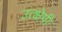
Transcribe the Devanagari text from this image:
उत्क्षेपी